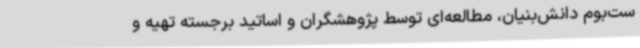
ست‌بوم دانش‌بنیان، مطالعه‌ای توسط پژوهشگران و اساتید برجسته تهیه و